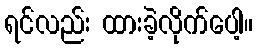
ရင်လည်း ထားခဲ့လိုက်ပေါ့။